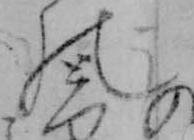
の